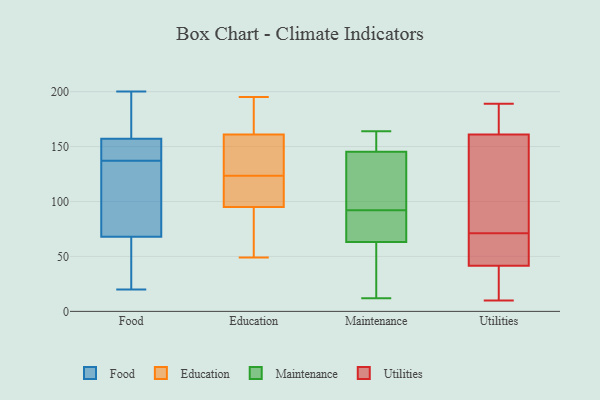
{"axis": {"x": "Churn Rate (%)", "y": "Value"}, "legend": ["Education", "Food", "Maintenance", "Utilities"], "data": [{"x": "", "y": 88, "type": "Food"}, {"x": "", "y": 137, "type": "Food"}, {"x": "", "y": 20, "type": "Food"}, {"x": "", "y": 142, "type": "Food"}, {"x": "", "y": 34, "type": "Food"}, {"x": "", "y": 200, "type": "Food"}, {"x": "", "y": 44, "type": "Food"}, {"x": "", "y": 158, "type": "Food"}, {"x": "", "y": 104, "type": "Food"}, {"x": "", "y": 160, "type": "Food"}, {"x": "", "y": 24, "type": "Food"}, {"x": "", "y": 156, "type": "Food"}, {"x": "", "y": 137, "type": "Food"}, {"x": "", "y": 78, "type": "Food"}, {"x": "", "y": 148, "type": "Food"}, {"x": "", "y": 121, "type": "Food"}, {"x": "", "y": 153, "type": "Food"}, {"x": "", "y": 58, "type": "Food"}, {"x": "", "y": 192, "type": "Food"}, {"x": "", "y": 198, "type": "Food"}, {"x": "", "y": 195, "type": "Education"}, {"x": "", "y": 156, "type": "Education"}, {"x": "", "y": 95, "type": "Education"}, {"x": "", "y": 161, "type": "Education"}, {"x": "", "y": 58, "type": "Education"}, {"x": "", "y": 110, "type": "Education"}, {"x": "", "y": 126, "type": "Education"}, {"x": "", "y": 49, "type": "Education"}, {"x": "", "y": 121, "type": "Education"}, {"x": "", "y": 161, "type": "Education"}, {"x": "", "y": 148, "type": "Maintenance"}, {"x": "", "y": 34, "type": "Maintenance"}, {"x": "", "y": 92, "type": "Maintenance"}, {"x": "", "y": 123, "type": "Maintenance"}, {"x": "", "y": 146, "type": "Maintenance"}, {"x": "", "y": 43, "type": "Maintenance"}, {"x": "", "y": 145, "type": "Maintenance"}, {"x": "", "y": 157, "type": "Maintenance"}, {"x": "", "y": 76, "type": "Maintenance"}, {"x": "", "y": 107, "type": "Maintenance"}, {"x": "", "y": 55, "type": "Maintenance"}, {"x": "", "y": 12, "type": "Maintenance"}, {"x": "", "y": 66, "type": "Maintenance"}, {"x": "", "y": 164, "type": "Maintenance"}, {"x": "", "y": 123, "type": "Maintenance"}, {"x": "", "y": 86, "type": "Maintenance"}, {"x": "", "y": 92, "type": "Maintenance"}, {"x": "", "y": 173, "type": "Utilities"}, {"x": "", "y": 67, "type": "Utilities"}, {"x": "", "y": 14, "type": "Utilities"}, {"x": "", "y": 10, "type": "Utilities"}, {"x": "", "y": 189, "type": "Utilities"}, {"x": "", "y": 77, "type": "Utilities"}, {"x": "", "y": 183, "type": "Utilities"}, {"x": "", "y": 33, "type": "Utilities"}, {"x": "", "y": 71, "type": "Utilities"}, {"x": "", "y": 125, "type": "Utilities"}, {"x": "", "y": 67, "type": "Utilities"}]}